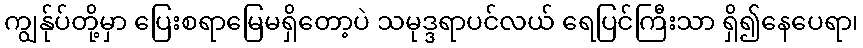
ကျွန်ုပ်တို့မှာ ပြေးစရာမြေမရှိတော့ပဲ သမုဒ္ဒရာပင်လယ် ရေပြင်ကြီးသာ ရှိ၍နေပေရာ၊